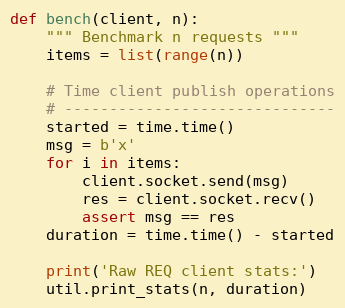
Language: Python
def bench(client, n):
    """ Benchmark n requests """
    items = list(range(n))

    # Time client publish operations
    # ------------------------------
    started = time.time()
    msg = b'x'
    for i in items:
        client.socket.send(msg)
        res = client.socket.recv()
        assert msg == res
    duration = time.time() - started

    print('Raw REQ client stats:')
    util.print_stats(n, duration)